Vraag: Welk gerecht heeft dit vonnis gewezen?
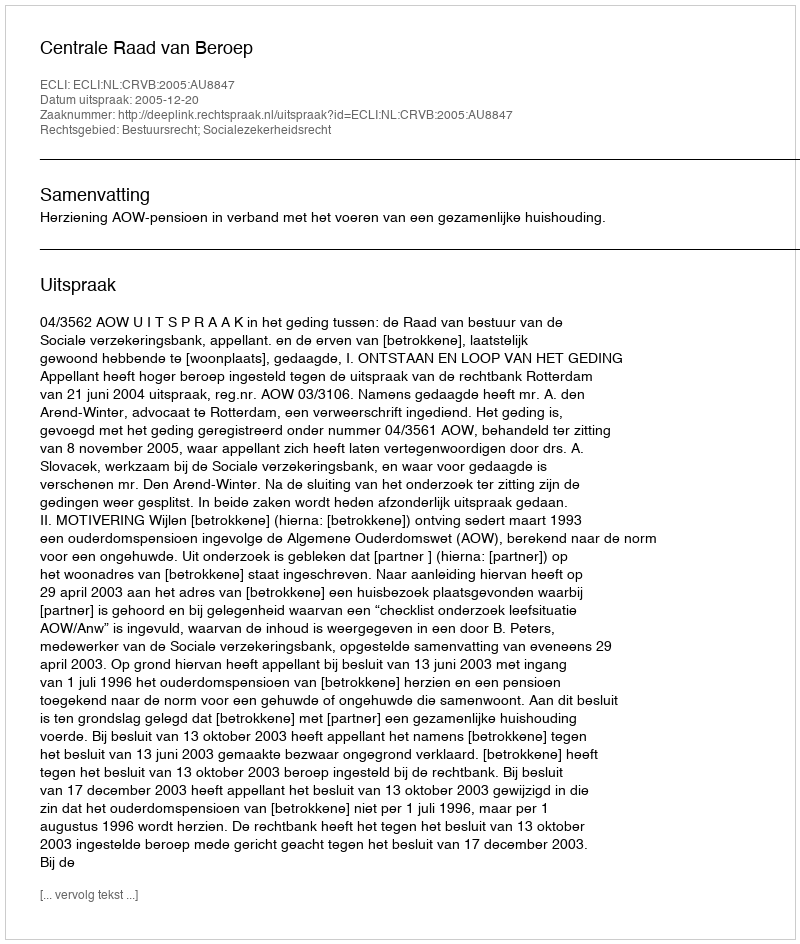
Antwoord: Centrale Raad van Beroep